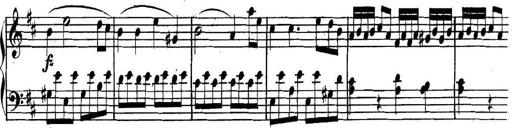
Title: Collected Piano Sonatas
Composer: Muzio Clementi